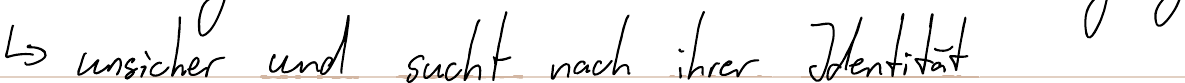
-> unsicher und sucht nach ihrer Identität